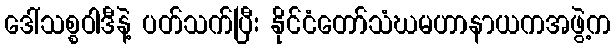
ဒေါ်သစ္စဝါဒီနဲ့ ပတ်သက်ပြီး နိုင်ငံတော်သံဃမဟာနာယကအဖွဲ့က